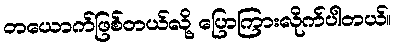
တယောက်ဖြစ်တယ်လို့ ပြောကြားလိုက်ပါတယ်။